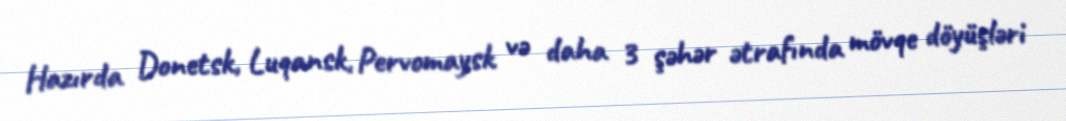
Hazırda Donetsk, Luqansk, Pervomaysk və daha 3 şəhər ətrafında mövqe döyüşləri